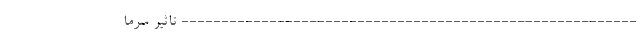
--------------------------------------------------------- تاثیر سرما